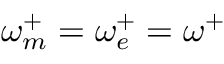
\omega _ { m } ^ { + } = \omega _ { e } ^ { + } = \omega ^ { + }